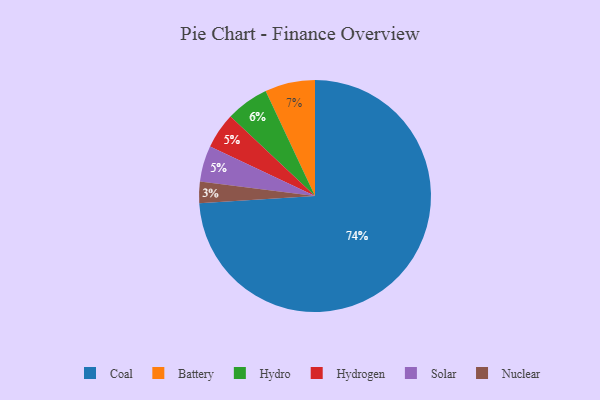
{"axis": {"x": "Category", "y": "Percentage"}, "legend": ["Battery", "Coal", "Hydro", "Hydrogen", "Nuclear", "Solar"], "data": [{"x": "Hydro", "y": 6, "type": "Hydro"}, {"x": "Coal", "y": 74, "type": "Coal"}, {"x": "Battery", "y": 7, "type": "Battery"}, {"x": "Nuclear", "y": 3, "type": "Nuclear"}, {"x": "Hydrogen", "y": 5, "type": "Hydrogen"}, {"x": "Solar", "y": 5, "type": "Solar"}]}